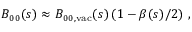
B _ { 0 0 } ( s ) \approx B _ { 0 0 , \mathrm { v a c } } ( s ) \left( 1 - \beta ( s ) / 2 \right) \, ,